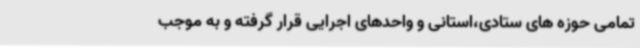
تمامی حوزه های ستادی،استانی و واحدهای اجرایی قرار گرفته و به موجب